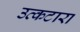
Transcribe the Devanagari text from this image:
उत्कटारा